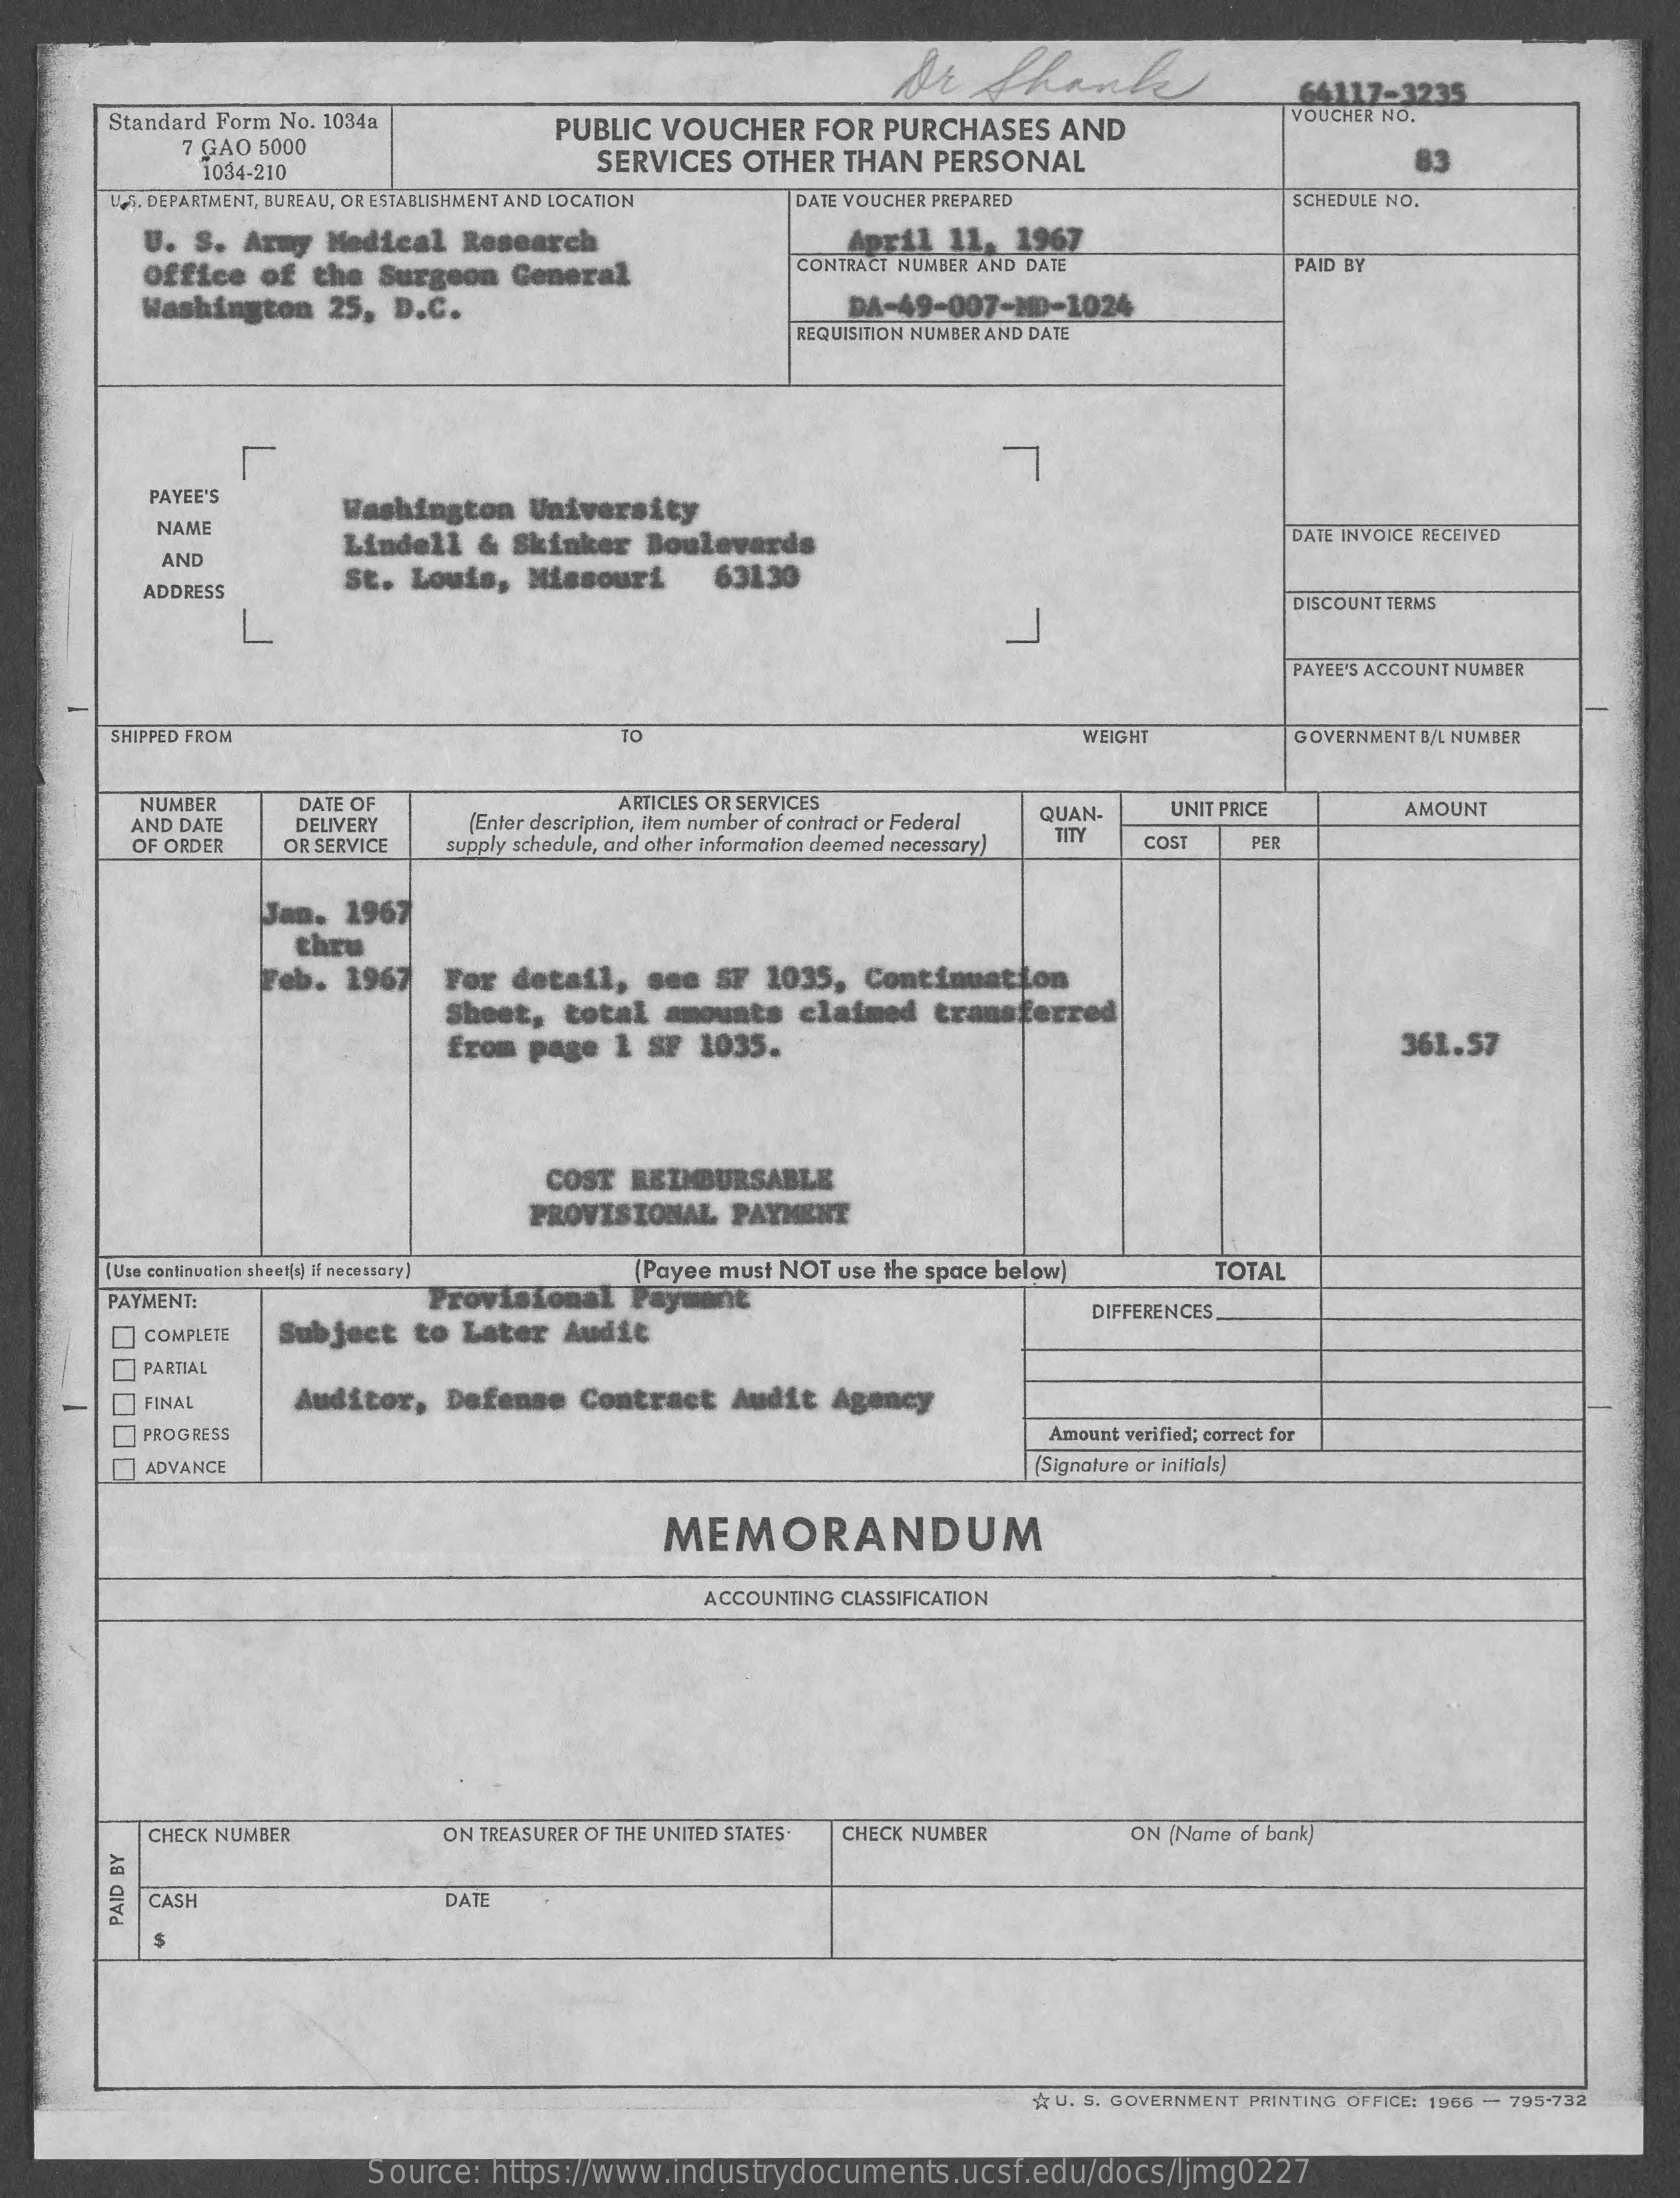
64117-3235
     Standard Form No. 1034a   PUBLIC VOUCHER FOR PURCHASES  AND
     VOUCHER NO.
     7 GAO 5000
     1034-210    SERVICES OTHER THAN PERSONAL
     145. DEPARTMENT, BUREAU, OR ESTABLISHMENT AND LOCATION DATE VOUCHER PREPARED SCHEDULE NO.
     U. S. Army Medical Research    April 11, 1967
     Office of the Surgeon General
     CONTRACT NUMBER AND DATE    PAID BY
     Washington 25, D.C.    DA-49-007-MD-1024
     REQUISITION NUMBER AND DATE
     PAYEE'S
     Washington University
     NAME
     Lindell & Skinker Boulevards    DATE INVOICE RECEIVED
     AND
     St. Louis, Missouri  63130
     ADDRESS
     DISCOUNT TERMS
     PAYEE'S ACCOUNT NUMBER
     SHIPPED FROM    TO    WEIGHT    GOVERNMENT B/L NUMBER
     NUMBER   DATE OF    ARTICLES OR SERVICES
     DELIVERY  (Enter description, item number of contract or Federal QUAN- UNIT PRICE AMOUNT
     AND DATE
     OF ORDER OR SERVICE supply schedule, and other information deemed necessary)
     TITY COST  PER
     Jan. 1967
     chru
     Feb. 1967 For detail, see SF 1035, Continuation
     Sheet, total amounts claimed transferred
     from page 1 SF 1035.    361.57
     COST REIMBURSABLE
     PROVISIONAL PAYMENT
     (Use continuation sheets) if necessary]
     PAYMENT:    Provisional Pay
     (Payee must NOT use the space below) TOTAL
     DIFFERENCES
     COMPLETE Subject to Later Audit
     PARTIAL
     FINAL    Auditor, Defense Contract Audit Agency
     [] PROGRESS    Amount verified; correct for
     ADVANCE    (Signature or initials)
     MEMORANDUM
     ACCOUNTING CLASSIFICATION
     CHECK NUMBER    ON TREASURER OF THE UNITED STATES CHECK NUMBER ON (Name of bank)
     CASH    DATE PAID
     BY
     A U. S. GOVERNMENT PRINTING OFFICE; 1966 - 795-732
     Source: https://www.industrydocuments.ucsf.edu/docs/ljmg0227